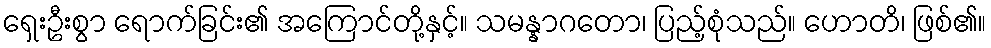
ရှေးဦးစွာ ရောက်ခြင်း၏ အကြောင်တို့နှင့်။ သမန္နာဂတော၊ ပြည့်စုံသည်။ ဟောတိ၊ ဖြစ်၏။